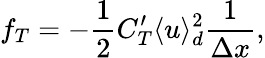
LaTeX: f_{T}=-\frac{1}{2}C_{T}^{\prime}\langle u\rangle_{d}^{2}\frac{1}{\Delta x},